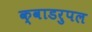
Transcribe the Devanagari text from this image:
क्वाडरुपल